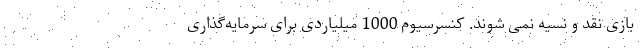
بازی نقد و نسیه نمی شوند. کنسرسیوم 1000 میلیاردی برای سرمایه‌گذاری